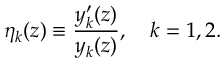
\eta _ { k } ( z ) \equiv \frac { y _ { k } ^ { \prime } ( z ) } { y _ { k } ( z ) } , \quad k = 1 , 2 .